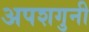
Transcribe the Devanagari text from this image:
अपशगुनी